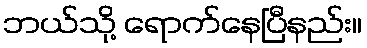
ဘယ်သို့ ရောက်နေပြီနည်း။